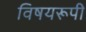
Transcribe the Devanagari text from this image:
विषयरूपी